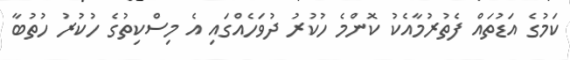
ކަމުގެ އަޑުތައް ފެތުރުމާއެކު ކޮންމެ ހުކުރު ދުވަހެއްގައި އެ މިސްކިތުގެ ހުކުރު ހުތުބާ